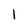
Character: 1